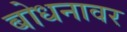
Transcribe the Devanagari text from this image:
बोधनावर